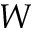
W